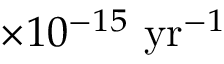
\times 1 0 ^ { - 1 5 } \ \mathrm { y r } ^ { - 1 }